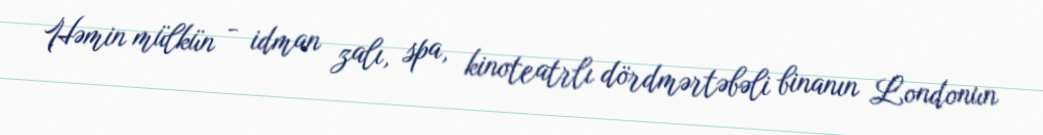
Həmin mülkün - idman zalı, spa, kinoteatrlı dördmərtəbəli binanın Londonun